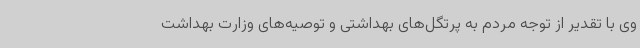
وی با تقدیر از توجه مردم به پرتگل‌های بهداشتی و توصیه‌های وزارت بهداشت